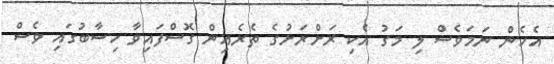
އެހެން ނަމަވެސް ލި މަގު އެކި ރަށްރަށުގެ ތެރެއިން ގޮސްފައިވާ ހިސާބުގައި ވެސް